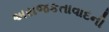
અરાજકતાવાદની